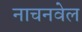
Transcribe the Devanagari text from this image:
नाचनवेल